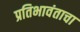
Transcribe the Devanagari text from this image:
प्रतिभावंताचा